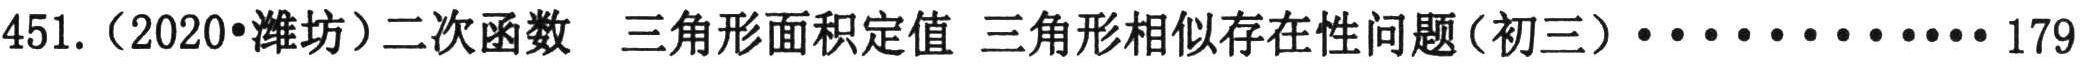
451.（2020•潍坊）二次函数  三角形面积定值 三角形相似存在性问题（初三）·············179